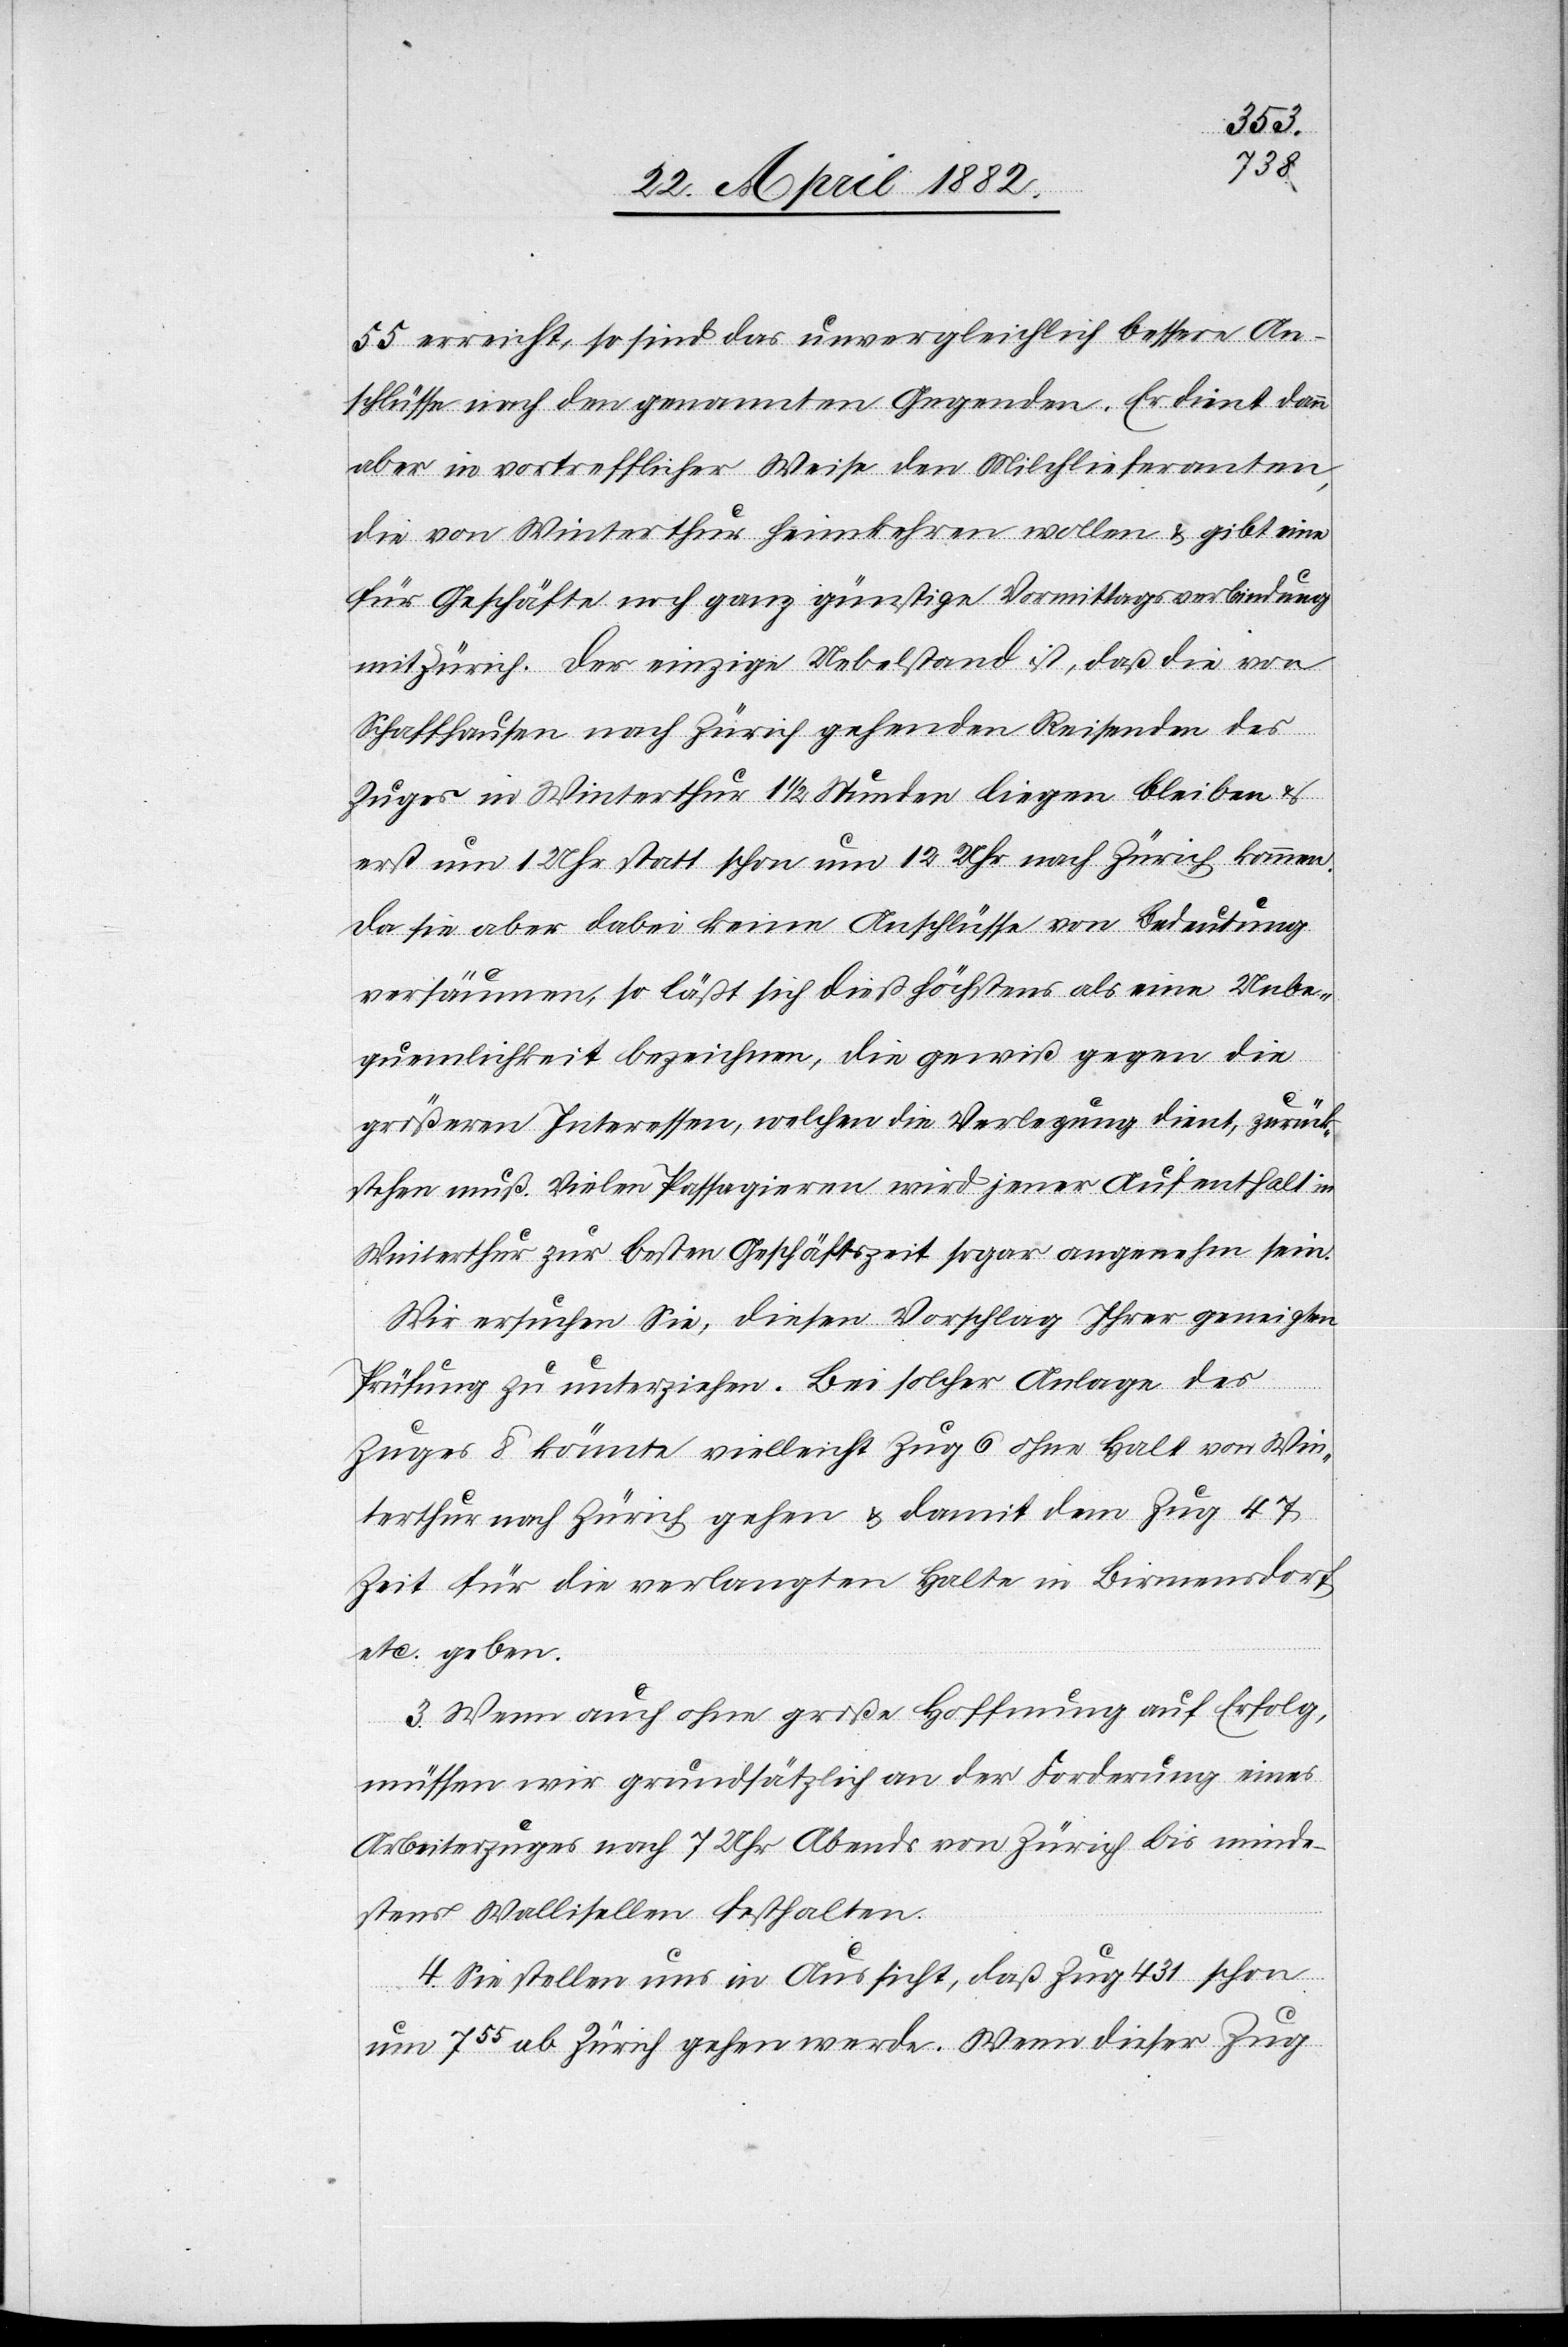
55 erreicht, so sind das unvergleichlich bessere An¬
schlüsse nach den genannten Gegenden. Es dient dann
aber in vortrefflicher Weise den Milchlieferanten,
die von Winterthur heimkehren wollen & gibt eine
für Geschäfte noch ganz günstige Vormittagsverbindung
mit Zürich. Der einzige Uebelstand ist, daß die von
Schaffhausen nach Zürich gehenden Reisenden des
Zuges in Winterthur 1 1/2 Stunden liegen bleiben u.
erst um 1 Uhr statt schon um 12 Uhr nach Zürich kommen.
Da sie aber dabei keine Anschlüsse von Bedeutung
versäumen, so läßt sich dieß höchstens als eine Unbe¬
quemlichkeit bezeichnen, die gewiß gegen die
großen Interessen, welchen die Verlegung dient, zurück¬
stehen muß. Vielen Passagieren wird jener Aufenthalt in
Winterthur zur besten Geschäftszeit sogar angenehm sein.
Wir ersuchen Sie, diesen Vorschlag Ihrer geneigten
Prüfung zu unterziehen. Bei solcher Anlage des
Zuges 8 könnte vielleicht Zug 6 ohne Halt von Win¬
terthur nach Zürich gehen & damit dem Zug 47
Zeit für die verlangten Halte in Birmensdorf
etc. geben.
3. Wenn auch ohne große Hoffnung auf Erfolg,
müssen wir grundsätzlich an den Forderung eines
Arbeiterzuges nach 7 Uhr Abends von Zürich bis minde¬
stens Wallisellen festhalten.
4. Sie stellen uns in Aussicht, daß Zug 431 schon
um 755 ab Zürich gehen werde. Wenn dieser Zug